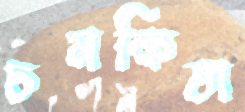
চমকিতা